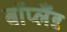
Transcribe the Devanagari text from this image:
बॉप्लैंड